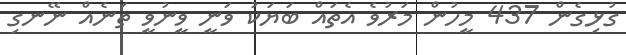
ގުޅިގެން 437 މީހުން މަރުވެ އެތައް ބަޔަކު ވަނީ ވީނުވީ ތަނެއް ނޭނގި